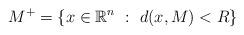
LaTeX: \begin{align*}M^{+}=\left\{ x\in\mathbb{R}^{n}\ :\ d(x,M)<R\right\} \end{align*}